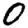
Digit: 0